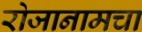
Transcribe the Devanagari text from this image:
रोजानामचा